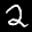
Label: 2